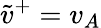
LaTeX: \tilde{v}^{+}=v_{A}